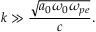
k \gg \frac { \sqrt { a _ { 0 } \omega _ { 0 } \omega _ { p e } } } { c } .